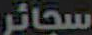
سجائر